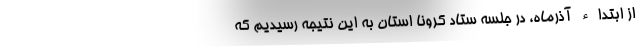
از ابتداء آذرماه، در جلسه ستاد کرونا استان به این نتیجه رسیدیم که